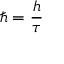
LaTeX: \hbar = { \frac { h } { \tau } }